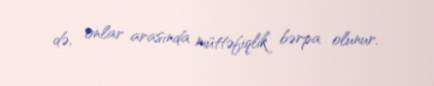
də, onlar arasında müttəfiqlik bərpa olunur.